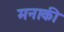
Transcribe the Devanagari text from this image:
मनाकी